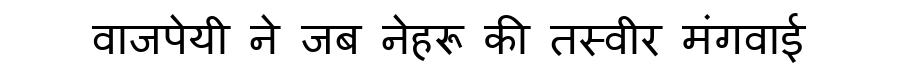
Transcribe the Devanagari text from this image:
वाजपेयी ने जब नेहरू की तस्वीर मंगवाई